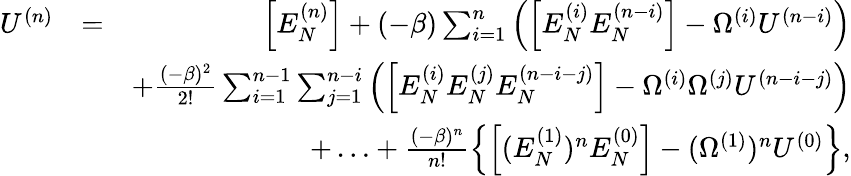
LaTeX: \begin{array}{rlr}{U^{(n)}}&{=}&{\left[{E_{N}^{(n)}}\right]+(-\beta)\sum_{i=1}^{n}\left(\left[E_{N}^{(i)}E_{N}^{(n-i)}\right]-\Omega^{(i)}U^{(n-i)}\right)}\\ &{}&{+\frac{(-\beta)^{2}}{2!}\sum_{i=1}^{n-1}\sum_{j=1}^{n-i}\left(\left[E_{N}^{(i)}E_{N}^{(j)}E_{N}^{(n-i-j)}\right]-\Omega^{(i)}\Omega^{(j)}U^{(n-i-j)}\right)}\\ &{}&{+\ldots+\frac{(-\beta)^{n}}{n!}\left\{ \left[(E_{N}^{(1)})^{n}E_{N}^{(0)}\right]-(\Omega^{(1)})^{n}U^{(0)}\right\} ,}\end{array}